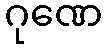
ဂုဏေ